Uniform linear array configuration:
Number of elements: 64
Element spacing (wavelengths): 1
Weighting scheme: kaiser
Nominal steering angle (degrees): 60
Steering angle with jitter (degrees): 58.397
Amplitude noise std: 0.05
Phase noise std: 0.05

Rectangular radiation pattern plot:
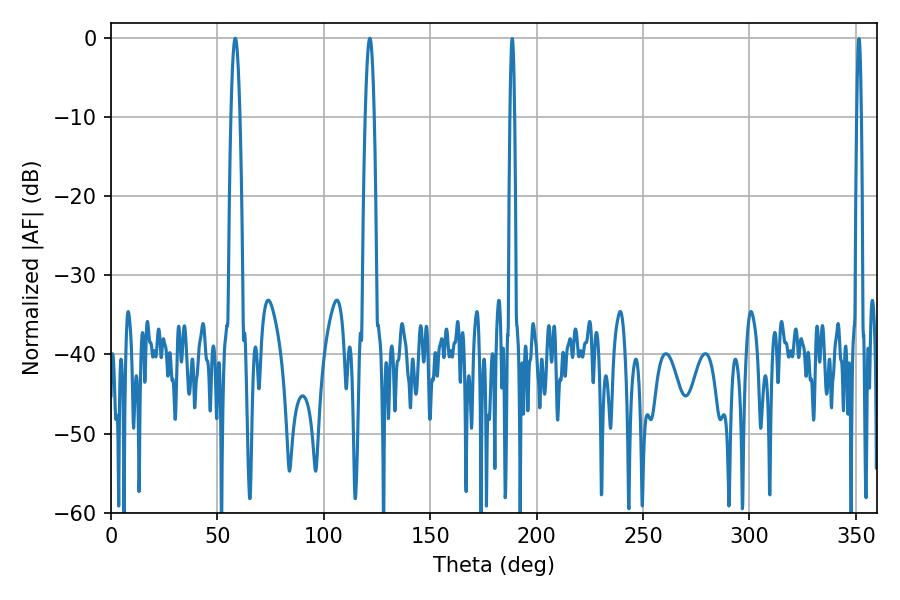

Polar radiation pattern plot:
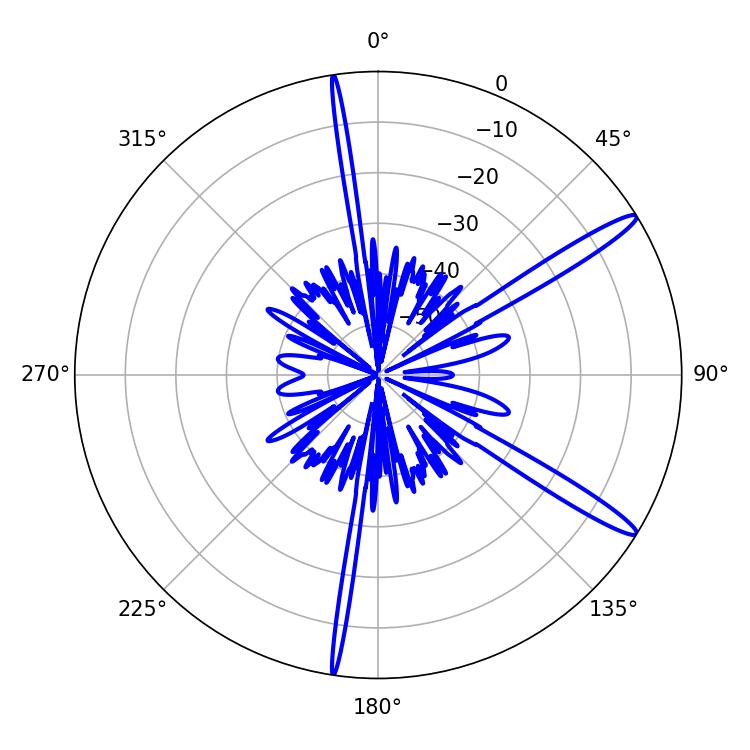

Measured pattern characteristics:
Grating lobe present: TRUE
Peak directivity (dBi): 14.627
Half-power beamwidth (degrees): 2.34
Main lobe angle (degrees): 58.32